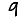
Digit: 9